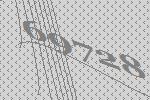
69728